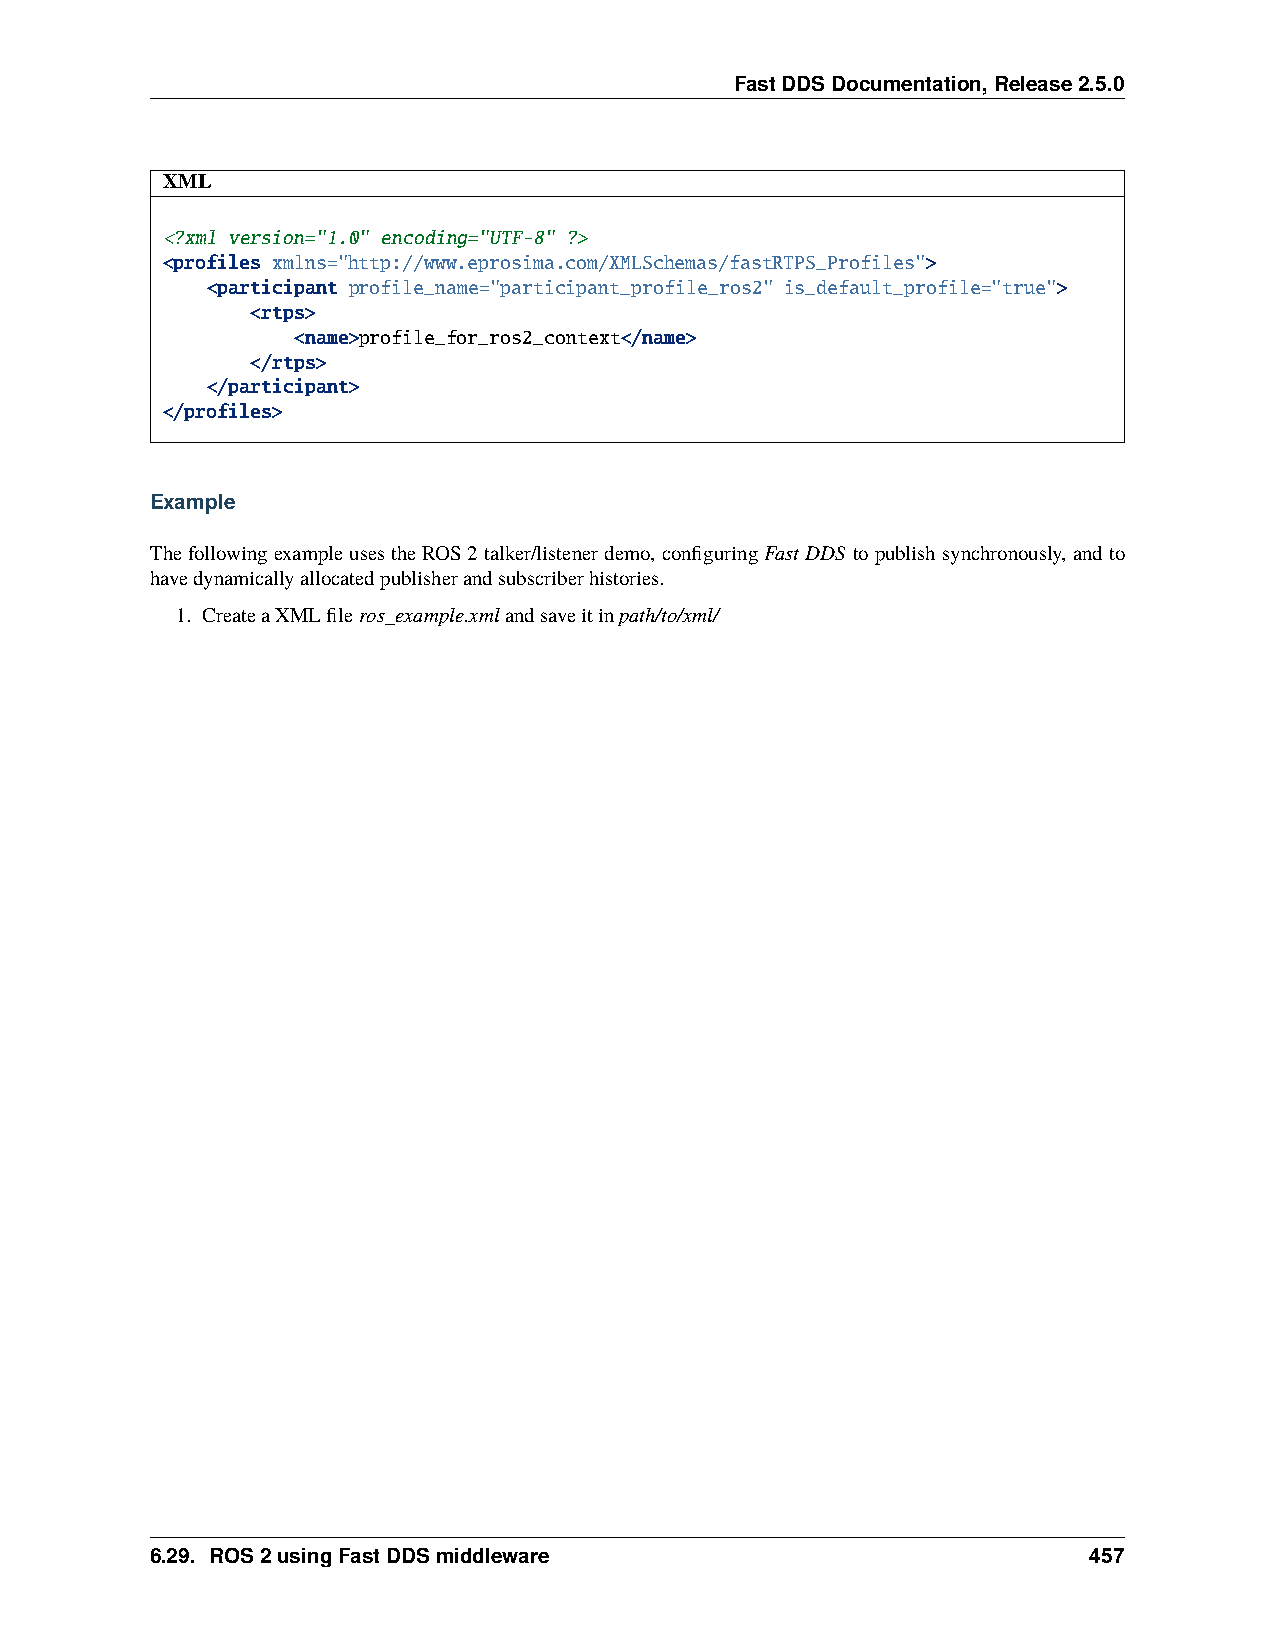
FastDDSDocumentation,Release2.5.0
 XML
 <?xml version="1.0" encoding="UTF-8" ?>
 <profiles xmlns="http://www.eprosima.com/XMLSchemas/fastRTPS_Profiles">
 <participant profile_name="participant_profile_ros2" is_default_profile="true">
 <rtps>
 <name>profile_for_ros2_context</name>
 </rtps>
 </participant>
 </profiles>
 Example
 ThefollowingexampleusestheROS2talker/listenerdemo, configuringFastDDS topublishsynchronously, andto
 havedynamicallyallocatedpublisherandsubscriberhistories.
 1. CreateaXMLfileros_example.xmlandsaveitinpath/to/xml/
 6.29. ROS2usingFastDDSmiddleware                              457